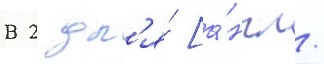
В 2 дл'я́ [а́нгл.